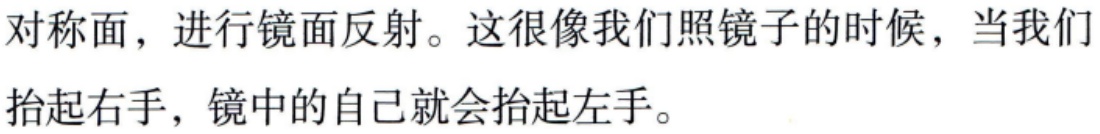
对称面，进行镜面反射。这很像我们照镜子的时候，当我们抬起右手，镜中的自己就会抬起左手。